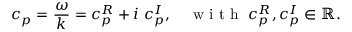
c _ { p } = \frac { \omega } { k } = c _ { p } ^ { R } + i \ c _ { p } ^ { I } , \quad \mathrm { ~ w ~ i ~ t ~ h ~ } \ c _ { p } ^ { R } , c _ { p } ^ { I } \in \mathbb { R } .